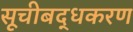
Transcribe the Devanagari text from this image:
सूचीबद्धकरण